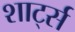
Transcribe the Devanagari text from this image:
शार्ट्स